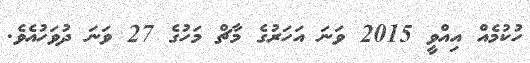
ހުކުމެއް އިއްވީ 2015 ވަނަ އަހަރުގެ މާޗް މަހުގެ 27 ވަނަ ދުވަހުއެވެ.